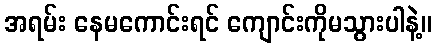
အရမ်း နေမကောင်းရင် ကျောင်းကိုမသွားပါနဲ့။